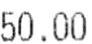
50.00